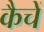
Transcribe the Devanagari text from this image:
कैचें